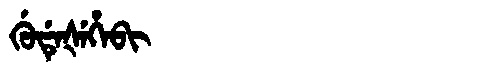
Manchu: ᡤᡠᡩᡝᡧᡝᡥᡝᠪᡳ
Romanization: GUDEŠEHEBI